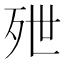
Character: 𬆑